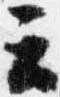
云